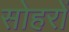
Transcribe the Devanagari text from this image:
सोहरों